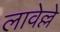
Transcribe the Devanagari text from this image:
लावेल्ले